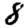
Digit: 8